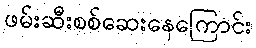
ဖမ်းဆီးစစ်ဆေးနေကြောင်း